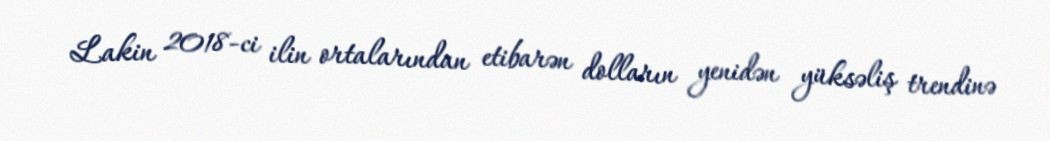
Lakin 2018-ci ilin ortalarından etibarən dolların yenidən yüksəliş trendinə